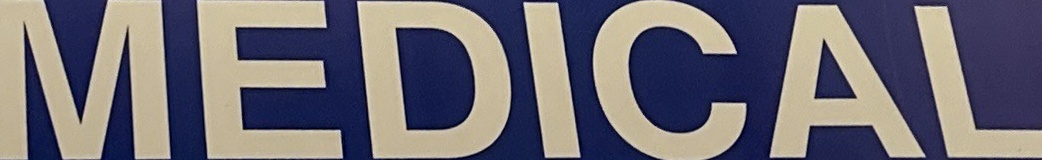
MEDICAL